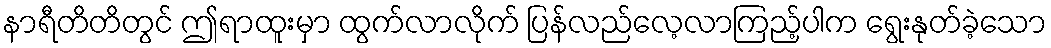
နာရီတိတိတွင် ဤရာထူးမှာ ထွက်လာလိုက် ပြန်လည်လေ့လာကြည့်ပါက ရွေးနုတ်ခဲ့သော